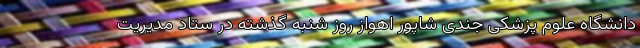
دانشگاه علوم پزشکی جندی شاپور اهواز روز شنبه گذشته در ستاد مدیریت